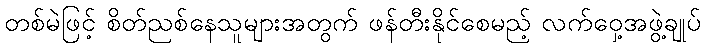
တစ်မဲဖြင့် စိတ်ညစ်နေသူများအတွက် ဖန်တီးနိုင်စေမည့် လက်ဝှေ့အဖွဲ့ချုပ်